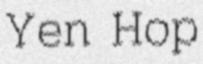
Yen Hop